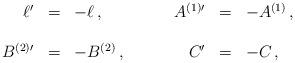
LaTeX: \begin{align*}\begin{array}{rclrcl}\ell^{\prime}&=&-\ell\, , \hspace{1.5cm}&A^{(1)\prime}&=&- A^{(1)}\, ,\\& & & & & \\B^{(2)\prime}&=&- B^{(2)}\, ,&C^{\prime}&=& -C\, ,\\\end{array}\end{align*}